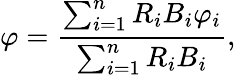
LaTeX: \varphi=\frac{\sum_{i=1}^{n}R_{i}B_{i}\varphi_{i}}{\sum_{i=1}^{n}R_{i}B_{i}},